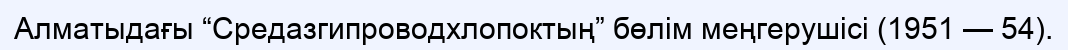
Алматыдағы “Средазгипроводхлопоктың” бөлім меңгерушісі (1951 — 54).